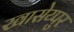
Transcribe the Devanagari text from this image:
खासेय्पुर